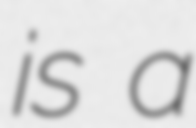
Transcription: is a